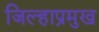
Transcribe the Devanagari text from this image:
जिल्हाप्रमुख